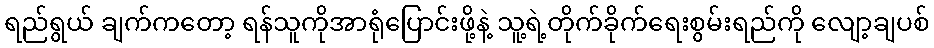
ရည်ရွယ် ချက်ကတော့ ရန်သူကိုအာရုံပြောင်းဖို့နဲ့ သူ့ရဲ့တိုက်ခိုက်ရေးစွမ်းရည်ကို လျော့ချပစ်